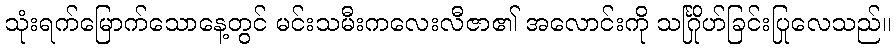
သုံးရက်မြောက်သောနေ့တွင် မင်းသမီးကလေးလီဇာ၏ အလောင်းကို သင်္ဂြိုဟ်ခြင်းပြုလေသည်။